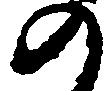
の